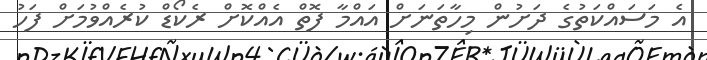
އެ މަސައްކަތުގެ ދަށުން މިހާތަނަށް އައްމާ ފޮތް އެއްކޮށް ރެކޯޑް ކުރެއްވުމަށް ފަހު